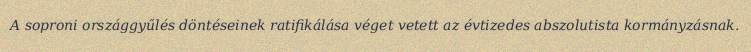
A soproni országgyűlés döntéseinek ratifikálása véget vetett az évtizedes abszolutista kormányzásnak.